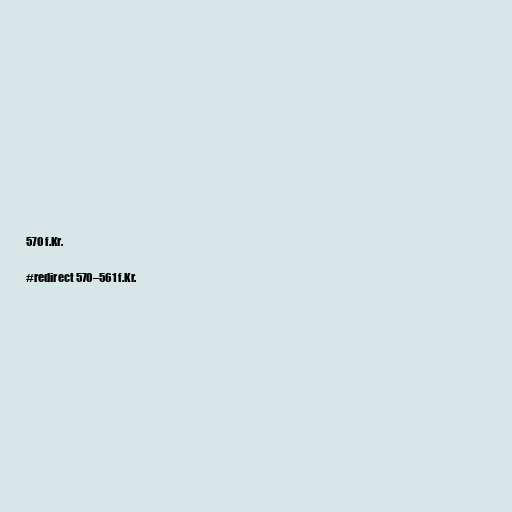
570 f.Kr.

#redirect 570–561 f.Kr.